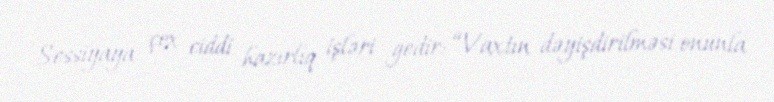
Sessiyaya çox ciddi hazırlıq işləri gedir: “Vaxtın dəyişdirilməsi onunla